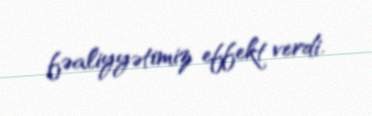
fəaliyyətimiz effekt verdi.